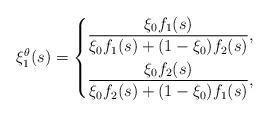
LaTeX: \begin{align*}\xi_1^\theta(s)=\left\{\begin{aligned}&\frac{\xi_0f_1(s) }{\xi_0 f_1(s)+(1-\xi_0)f_2(s)},&&\\&\frac{\xi_0f_2(s) }{\xi_0 f_2(s)+(1-\xi_0)f_1(s)},&&\end{aligned}\right.\end{align*}